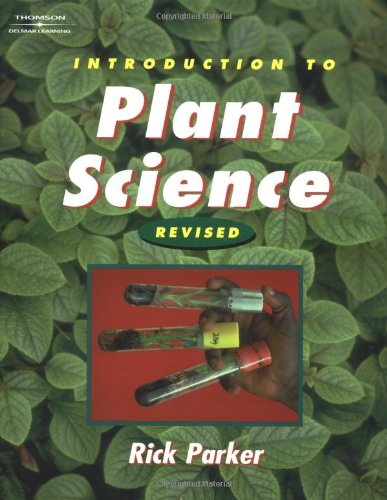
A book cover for Introduction to Plant Science: Revised Edition (Texas Science); Rick Parker; Science & Math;